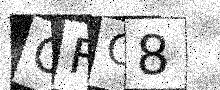
Text: OFC8